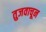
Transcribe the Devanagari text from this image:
तुजवाचून